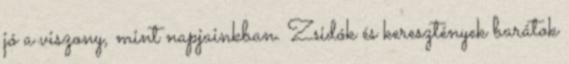
jó a viszony, mint napjainkban. Zsidók és keresztények barátok